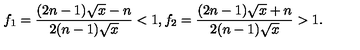
f _ { 1 } = \frac { ( 2 n - 1 ) \sqrt { x } - n } { 2 ( n - 1 ) \sqrt { x } } < 1 , f _ { 2 } = \frac { ( 2 n - 1 ) \sqrt { x } + n } { 2 ( n - 1 ) \sqrt { x } } > 1 .